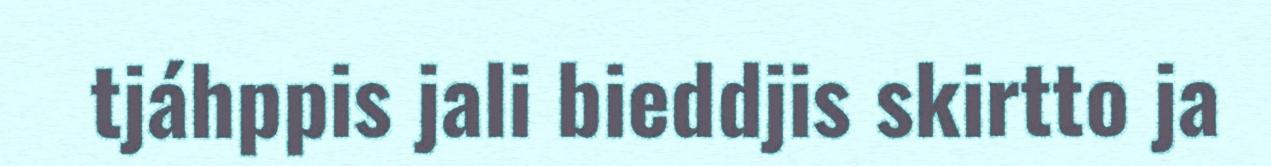
tjáhppis jali bieddjis skirtto ja